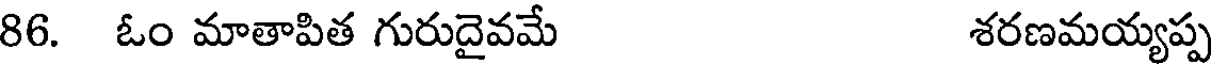
86. ఓం మాతాపిత గురుదైవమే శరణమయ్యప్ప